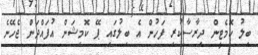
ބިލު ކޮމެޓީން ދިރާސާކުރި ފަހުން އެ ބިލުގައި ޕޭ ކޮމިޝަން އުފައްދަން ޖެހޭނެ